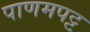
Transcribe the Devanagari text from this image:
पाणमपट्ट